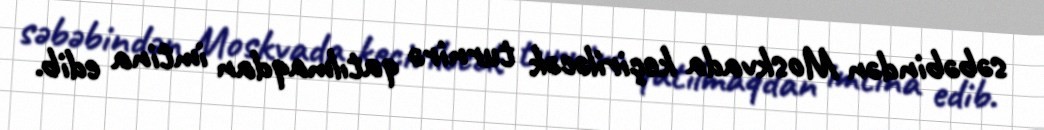
səbəbindən Moskvada keçiriləcək turnirə qatılmaqdan imtina edib.